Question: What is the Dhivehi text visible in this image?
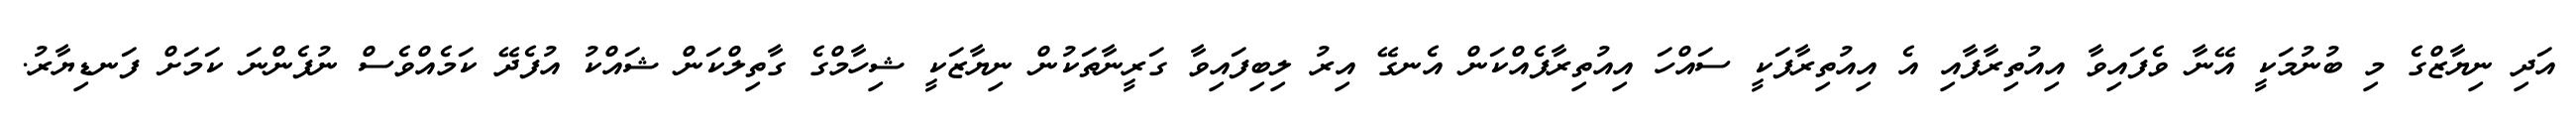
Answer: އަދި ނިޔާޒްގެ މި ބުނުމަކީ އޭނާ ވެފައިވާ އިއުތިރާފާއި އެ އިއުތިރާފަކީ ސައްހަ އިއުތިރާފެއްކަން އެނގޭ އިރު ލިބިފައިވާ ގަރީނާތަކުން ނިޔާޒަކީ ޝިހާމްގެ ގާތިލްކަން ޝައްކު އުފެދޭ ކަމެއްވެސް ނުފެންނަ ކަމަށް ފަނޑިޔާރު.